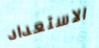
الاستعداد